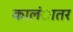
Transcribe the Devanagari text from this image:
कालंातर